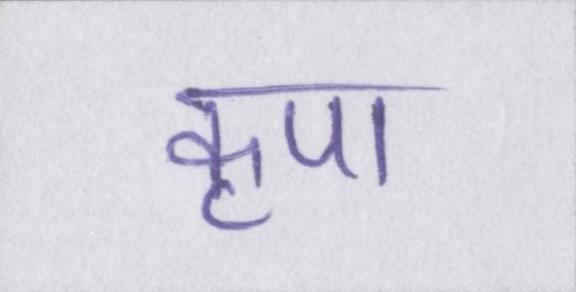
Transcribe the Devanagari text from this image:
कृपा